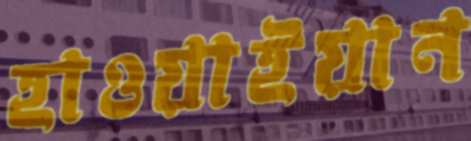
হাওয়াইয়ান